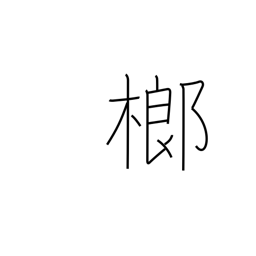
Meaning: betel palm tree